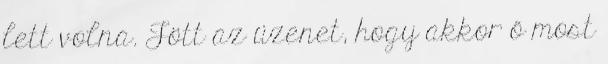
lett volna. Jött az üzenet, hogy akkor ő most